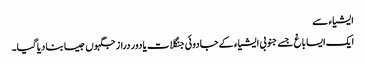
ایشیاء سے
ایک ایسا باغ جسے جنوبی ایشیاء کے جادوئی جنگلات یا دور دراز جگہوں جیسا بنا دیا گیا۔